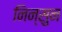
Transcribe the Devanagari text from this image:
निन्सुन